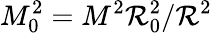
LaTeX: M_{0}^{2}=M^{2}\mathcal{R}_{0}^{2}/\mathcal{R}^{2}